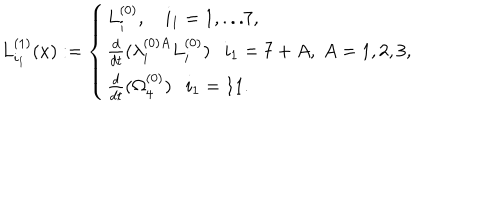
L _ { i _ { 1 } } ^ { ( 1 ) } ( x ) : = \left\{ \begin{array} { l l l } { { L _ { i } ^ { ( 0 ) } , \ i _ { 1 } = 1 , . . . 7 , } } \\ { { \frac { d } { d t } ( \lambda _ { i } ^ { ( 0 ) A } L _ { i } ^ { ( 0 ) } ) i _ { 1 } = 7 + A , ~ A = 1 , 2 , 3 , } } \\ { { \frac { d } { d t } ( \Omega _ { 4 } ^ { ( 0 ) } ) i _ { 1 } = 1 1 . } } \\ \end{array} \right.